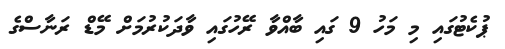
ޕުކެޓުގައި މި މަހު 9 ގައި ބާއްވާ ރޭހުގައި ވާދަކުރުމަށް މޭޑް ރަނާސްގެ